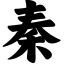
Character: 秦